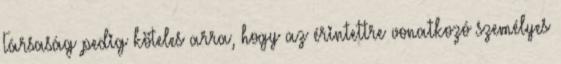
Társaság pedig köteles arra, hogy az érintettre vonatkozó személyes